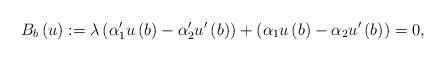
LaTeX: \begin{align*}B_{b}\left( u\right) :=\lambda \left( \alpha _{1}^{\prime }u\left( b\right)-\alpha _{2}^{\prime }u^{\prime }\left( b\right) \right) +\left( \alpha_{1}u\left( b\right) -\alpha _{2}u^{\prime }\left( b\right) \right) =0, \end{align*}